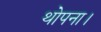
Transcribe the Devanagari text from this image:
थोपना।